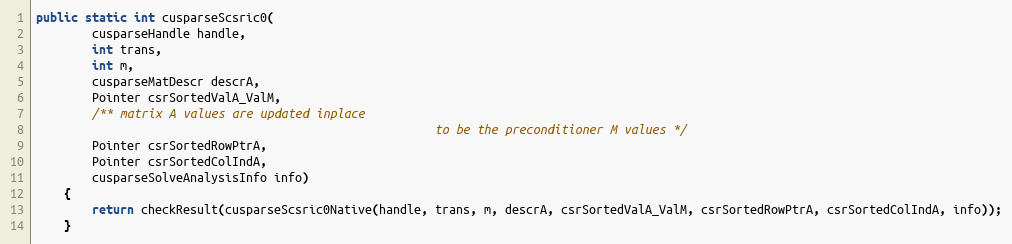
Language: Java
public static int cusparseScsric0(
        cusparseHandle handle,
        int trans,
        int m,
        cusparseMatDescr descrA,
        Pointer csrSortedValA_ValM,
        /** matrix A values are updated inplace
                                                         to be the preconditioner M values */
        Pointer csrSortedRowPtrA,
        Pointer csrSortedColIndA,
        cusparseSolveAnalysisInfo info)
    {
        return checkResult(cusparseScsric0Native(handle, trans, m, descrA, csrSortedValA_ValM, csrSortedRowPtrA, csrSortedColIndA, info));
    }